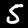
Digit: 5